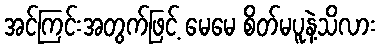
အင်ကြင်းအတွက်ဖြင့် မေမေ စိတ်မပူနဲ့သိလား